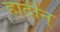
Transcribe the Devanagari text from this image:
हार्दीन्